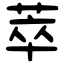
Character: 萃